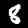
Label: 8